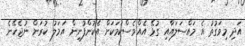
އަދި މިވަގުތު އެ މައްސަލައާއި ގުޅޭ އެއްވެސްކަމަކަށް އެކުންފުނިން އަމަލު ކުރަން ނުޖެހޭނެ